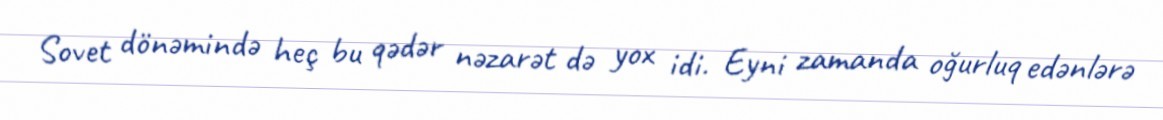
Sovet dönəmində heç bu qədər nəzarət də yox idi. Eyni zamanda oğurluq edənlərə